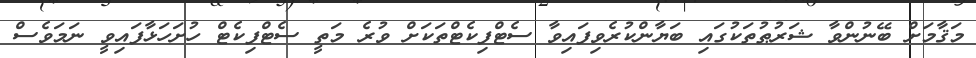
މަޤާމަށް ބޭނުންވާ ޝަރުޠުތަކުގައި ބަޔާންކުރެވިފައިވާ ސެޓްފިކެޓްތަކަށް ވުރެ މަތީ ސެޓްފިކެޓް ހުށަހަޅާފައިވީ ނަމަވެސް